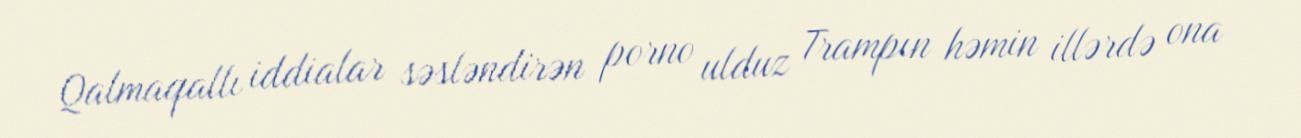
Qalmaqallı iddialar səsləndirən porno ulduz Trampın həmin illərdə ona